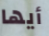
أيها